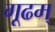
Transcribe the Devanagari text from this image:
गूढम्